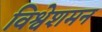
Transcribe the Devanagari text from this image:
विश्वेशमन